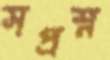
সপ্রশ্ন